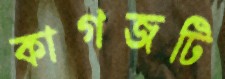
কাগজটি